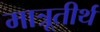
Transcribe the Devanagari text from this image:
मात्रूतीर्थ